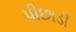
પીછાડી